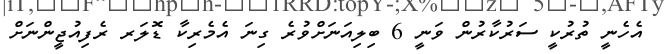
އެހެނީ ތުރުކީ ސަރުކާރުން ވަނީ 6 ބިލިއަނަށްވުރެ ގިނަ އެމެރިކާ ޑޮލަރ ރެފިއުޖީންނަށް